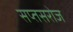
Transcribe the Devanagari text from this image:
सप्तसरोज